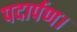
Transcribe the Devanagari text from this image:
पदार्पण।